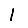
Digit: 1